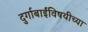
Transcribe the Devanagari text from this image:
दुर्गाबाईंविषयीच्या